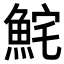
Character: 𩶱